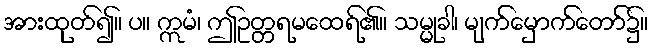
အားထုတ်၍။ ပ။ ဣမံ၊ ဤဥတ္တရမထေရ်၏။ သမ္မုခါ၊ မျက်မှောက်တော်၌။